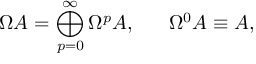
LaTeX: \Omega A = \bigoplus _ { p = 0 } ^ { \infty } \Omega ^ { p } A , \ \ \ \ \ \Omega ^ { 0 } A \equiv A ,